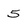
Character: 5